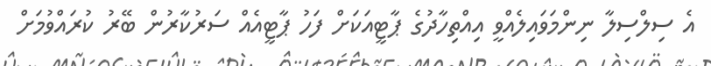
އެ ސިލްސިލާ ނިންމަވައިލެއްވީ އިއްތިހާދުގެ ޕާޓީއަކަށް ފަހު ޕާޓީއެއް ސަރުކާރުން ބޭރު ކުރައްވުމަށް